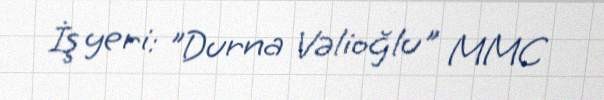
İş yeri: "Durna Vəlioğlu" MMC